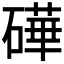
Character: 𬒢